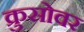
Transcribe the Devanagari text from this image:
क्रुसोवर